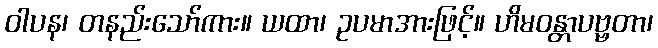
ဝါပန၊ တနည်းသော်ကား။ ယထာ၊ ဥပမာအားဖြင့်။ ဟိမဝန္တာပဗ္ဗတာ၊